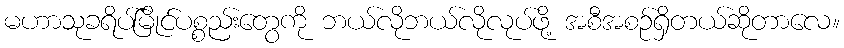
မဟာသုခရိပ်မြိုင်ပစ္စည်းတွေကို ဘယ်လိုဘယ်လိုလုပ်ဖို့ အစီအစဉ်ရှိတယ်ဆိုတာလေ။